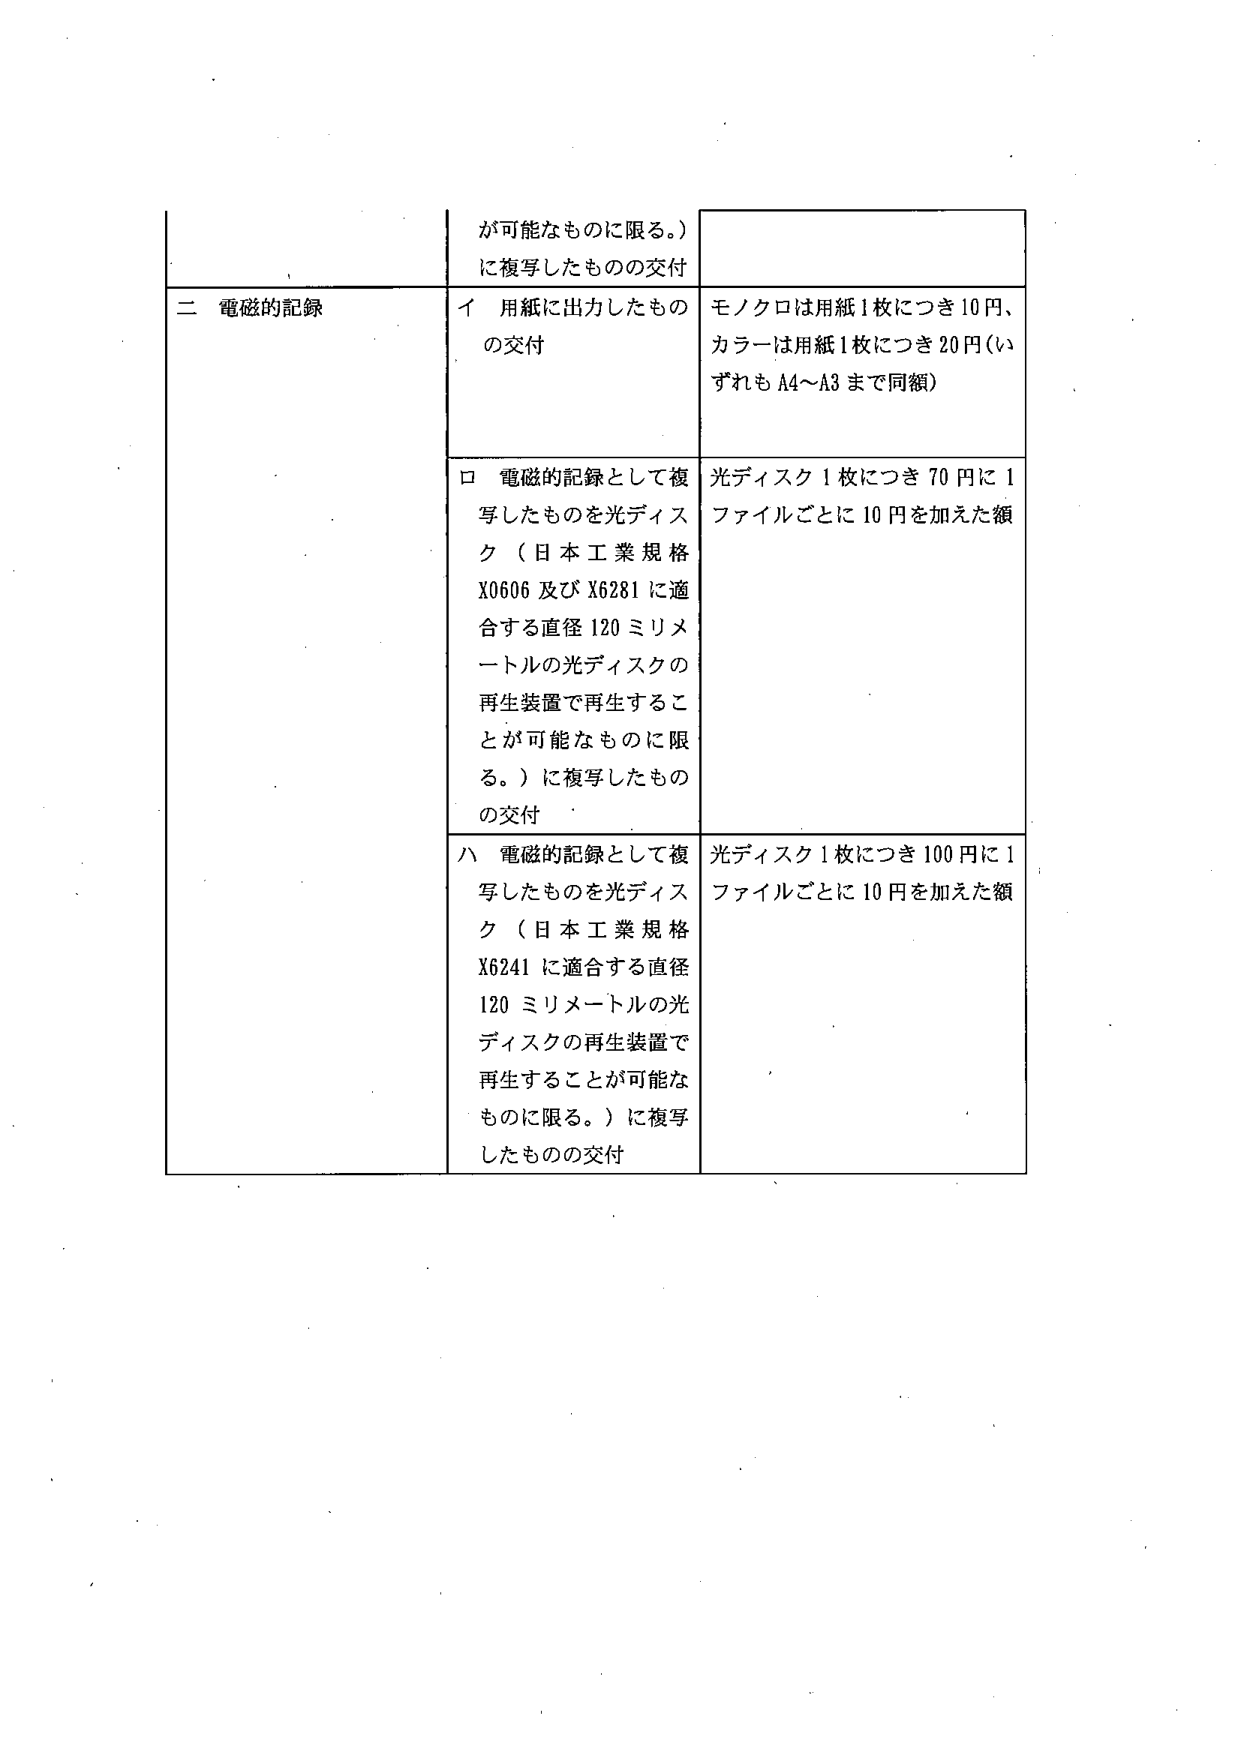
が可能なものに限る。）
に複写したもの の交付

二 電磁的記録

イ 用紙に出力したもの
の交付

モノクロは用紙1枚につき10円、
カラーは用紙1枚につき20円（いずれもA4～A3まで同額）

ロ 電磁的記録として複
写したものを光ディス
ク（日本工業規格
X0606 及び X6281 に適
合する直径120ミリメ
ートルの光ディスクの
再生装置で再生するこ
とが可能なものに限
る。）に複写したもの
の交付

光ディスク1枚につき70円に1
ファイルごとに10円を加えた額

ハ 電磁的記録として複
写したものを光ディス
ク（日本工業規格
X6241 に適合する直径
120ミリメートルの光
ディスクの再生装置で
再生することが可能
なものに限る。）に複写
したもの の交付

光ディスク1枚につき100円に1
ファイルごとに10円を加えた額